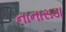
નાનાસડા